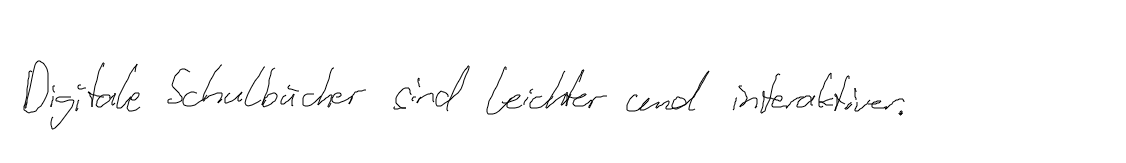
Digitale Schulbücher sind leichter und interaktiver.